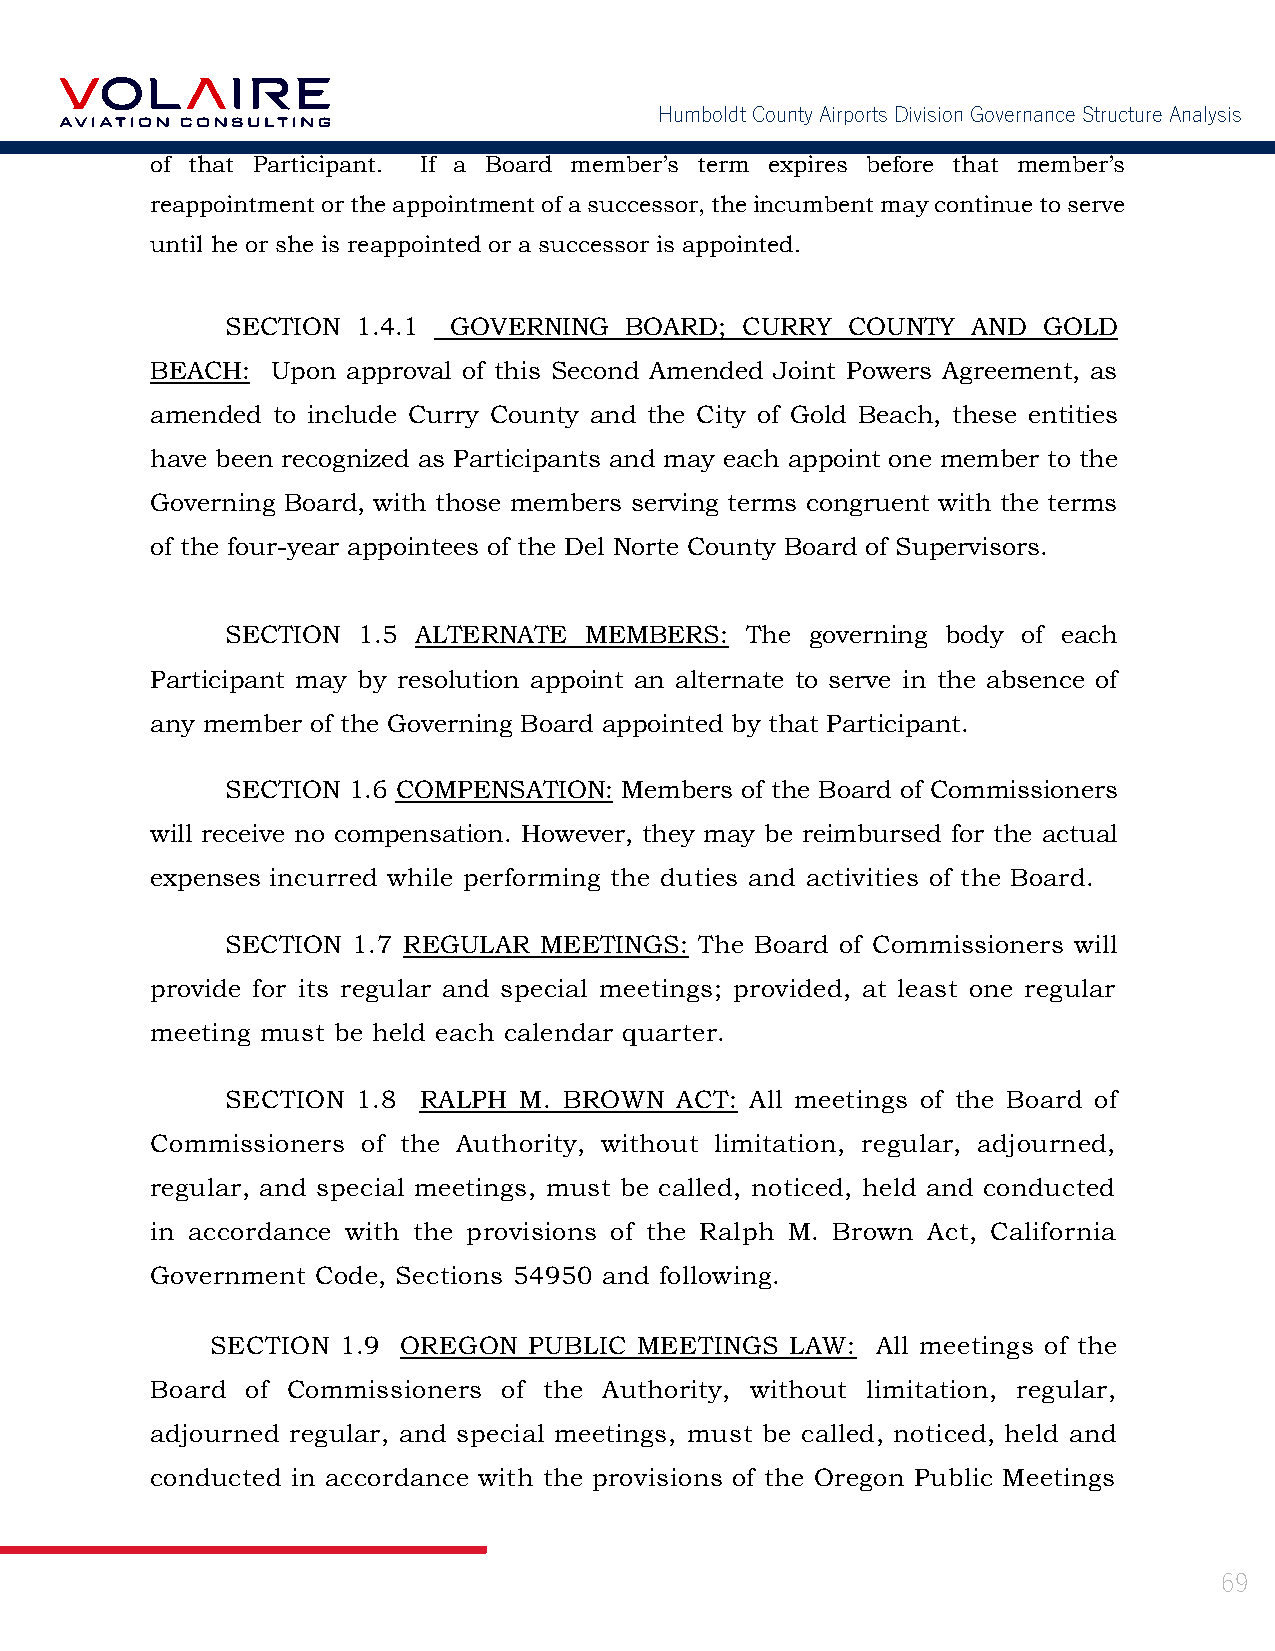
Humboldt County Airports Division Governance Structure Analysis
 of that Participant. If a Board member’s term expires before that member’s
 reappointment or the appointment of a successor, the incumbent may continue to serve
 until he or she is reappointed or a successor is appointed.
 SECTION  1.4.1 GOVERNING  BOARD;  CURRY  COUNTY  AND  GOLD
 BEACH:  Upon approval of this Second Amended Joint Powers Agreement, as
 amended to include Curry County and the City of Gold Beach, these entities
 have been recognized as Participants and may each appoint one member to the
 Governing Board, with those members serving terms congruent with the terms
 of the four-year appointees of the Del Norte County Board of Supervisors.
 SECTION  1.5 ALTERNATE  MEMBERS:  The  governing body of each
 Participant may by resolution appoint an alternate to serve in the absence of
 any member of the Governing Board appointed by that Participant.
 SECTION 1.6 COMPENSATION: Members of the Board of Commissioners
 will receive no compensation. However, they may be reimbursed for the actual
 expenses incurred while performing the duties and activities of the Board.
 SECTION 1.7 REGULAR  MEETINGS: The Board of Commissioners will
 provide for its regular and special meetings; provided, at least one regular
 meeting must be held each calendar quarter.
 SECTION  1.8 RALPH M. BROWN   ACT: All meetings of the Board of
 Commissioners of the Authority, without limitation, regular, adjourned,
 regular, and special meetings, must be called, noticed, held and conducted
 in accordance with the provisions of the Ralph M. Brown Act, California
 Government Code, Sections 54950 and following.
 SECTION 1.9  OREGON  PUBLIC MEETINGS  LAW:  All meetings of the
 Board of Commissioners of the Authority, without limitation, regular,
 adjourned regular, and special meetings, must be called, noticed, held and
 conducted in accordance with the provisions of the Oregon Public Meetings
 69